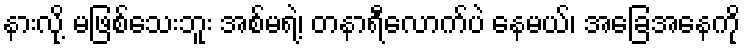
နားလို့ မဖြစ်သေးဘူး အစ်မရဲ့၊ တနာရီလောက်ပဲ နေမယ်၊ အခြေအနေကို